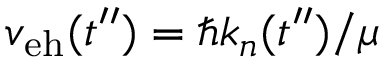
v _ { \mathrm { e h } } ( t ^ { \prime \prime } ) = { \hbar k _ { n } ( t ^ { \prime \prime } ) } / { \mu }